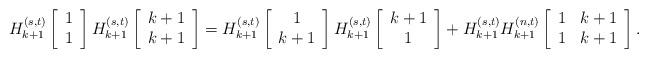
LaTeX: \begin{align*}H_{k+1}^{(s,t)}\left[\begin{array}{c} 1\\1\end{array}\right]H_{k+1}^{(s,t)}\left[\begin{array}{c} k+1\\ k+1\end{array}\right]=H_{k+1}^{(s,t)}\left[\begin{array}{c} 1\\ k+1\end{array}\right]H_{k+1}^{(s,t)}\left[\begin{array}{c} k+1\\ 1\end{array}\right]+H_{k+1}^{(s,t)}H_{k+1}^{(n,t)}\left[\begin{array}{cc}1&k+1\\1&k+1\end{array}\right].\end{align*}